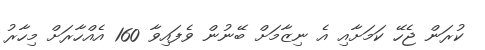
ކުރަން ޖެހޭ ކަމަށާއި އެ ނިޒާމަށް ބޭނުން ވެފައިވާ 160 އެއްހާރަށް މިހާރު